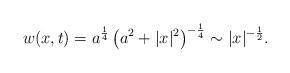
LaTeX: \begin{align*} w(x,t)=a^{\frac{1}{4}}\left(a^2+|x|^2\right)^{-\frac{1}{4}}\sim |x|^{-\frac{1}{2}}.\end{align*}